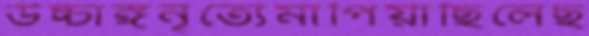
উচ্চাঙ্গনৃত্যেমাপিয়াছিলেছ